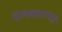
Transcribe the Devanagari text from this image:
राज्यकाळापासून